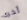
أخرى